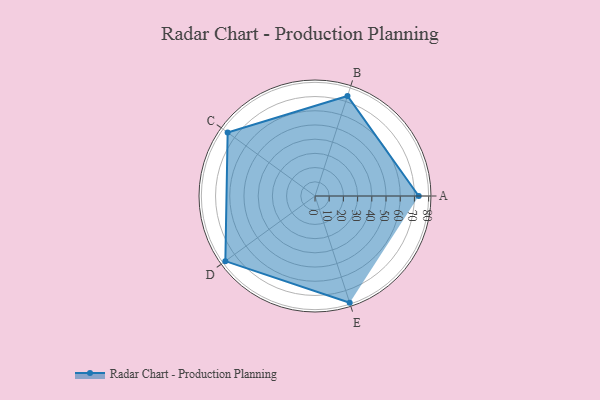
{"axis": {"x": "Skill", "y": "Score"}, "legend": ["Profile"], "data": [{"x": "A", "y": 73.0, "type": "Profile"}, {"x": "B", "y": 74.0, "type": "Profile"}, {"x": "C", "y": 76.0, "type": "Profile"}, {"x": "D", "y": 78.0, "type": "Profile"}, {"x": "E", "y": 79.0, "type": "Profile"}]}